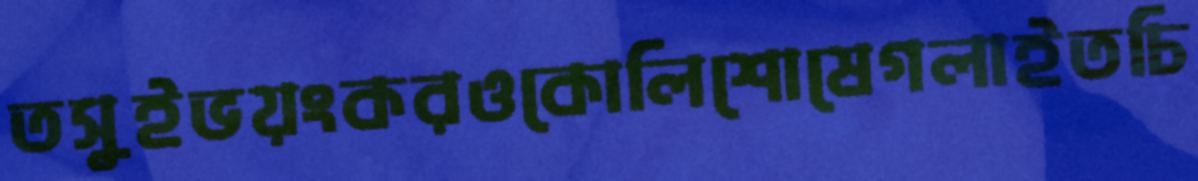
তসুইভয়ংকরওকোলিশোষেগলাইতচি